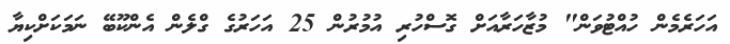
އަހަރެމެން ހުއްޓުވަން" މުޒާހަރާއަށް ގޮސްހުރި އުމުރުން 25 އަހަރުގެ ގްލެން އެންކޫބޭ ނަމަކަށްކިޔާ